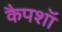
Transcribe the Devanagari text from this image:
कैपशॉ